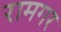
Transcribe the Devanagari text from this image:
रामगर